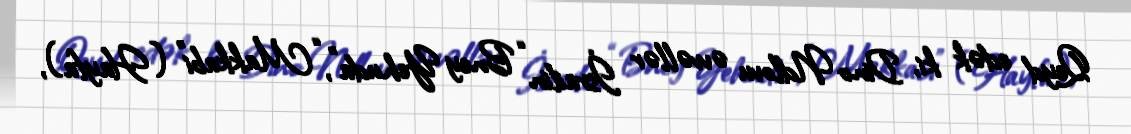
Qeyd edək ki, Dino Ndlovu əvvəllər İsrailin “Bney Yehuda”, “Makkabi” (Hayfa),